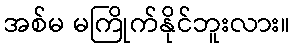
အစ်မ မကြိုက်နိုင်ဘူးလား။